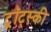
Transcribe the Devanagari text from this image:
ट्र्रॉट्स्की